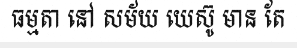
ធម្មតា នៅ សម័យ យេស៊ូ មាន តែ